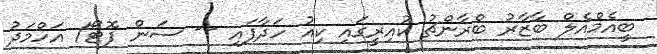
ބީއެމްއެލް ބާޒާރު ބްރާންޗު ކުއިރީގައި ކިއު ހަދާފައި -- ސަން ފޮޓޯ/ އަހްމަދު